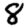
Digit: 8